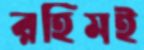
রহিমই